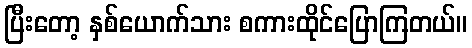
ပြီးတော့ နှစ်ယောက်သား စကားထိုင်ပြောကြတယ်။